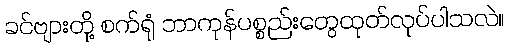
ခင်ဗျားတို့ စက်ရုံ ဘာကုန်ပစ္စည်းတွေထုတ်လုပ်ပါသလဲ။